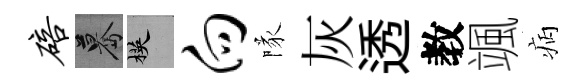
碚驀楧向隊灰透教颯病